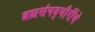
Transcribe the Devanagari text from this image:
ब्रह्मसंपद्गौरींचे